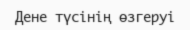
Дене түсінің өзгеруі